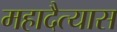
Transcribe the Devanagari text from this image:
महादैत्यास